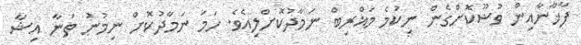
ފާޚާނާއިން ވުޟޫކޮށްގެން ނިކުމެ މަޣްރިބް ނަމާދުކޮށްލިއެވެ. ހަމަ ނަމާދުކޮށް ނިމުނު ތަނާ އިޝާ